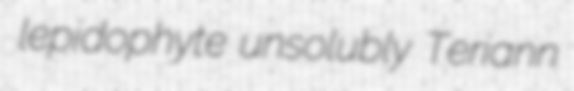
lepidophyte unsolubly Teriann